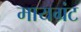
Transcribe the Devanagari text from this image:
मायग्रंट